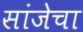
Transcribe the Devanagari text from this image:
सांजेचा